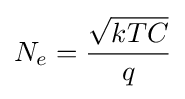
N_{e}={\frac {\sqrt {kTC}}{q}}